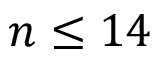
n \leq 1 4